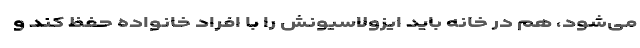
می‌شود، هم در خانه باید ایزولاسیونش را با افراد خانواده حفظ کند و